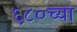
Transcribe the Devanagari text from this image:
६८०च्या